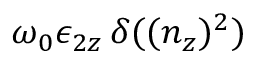
\omega _ { 0 } \epsilon _ { 2 z } \, \delta ( ( n _ { z } ) ^ { 2 } )